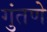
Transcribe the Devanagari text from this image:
गुंतणे